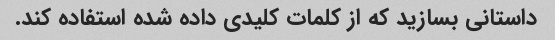
داستانی بسازید که از کلمات کلیدی داده شده استفاده کند.